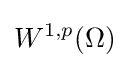
W^{1,p}(\Omega )